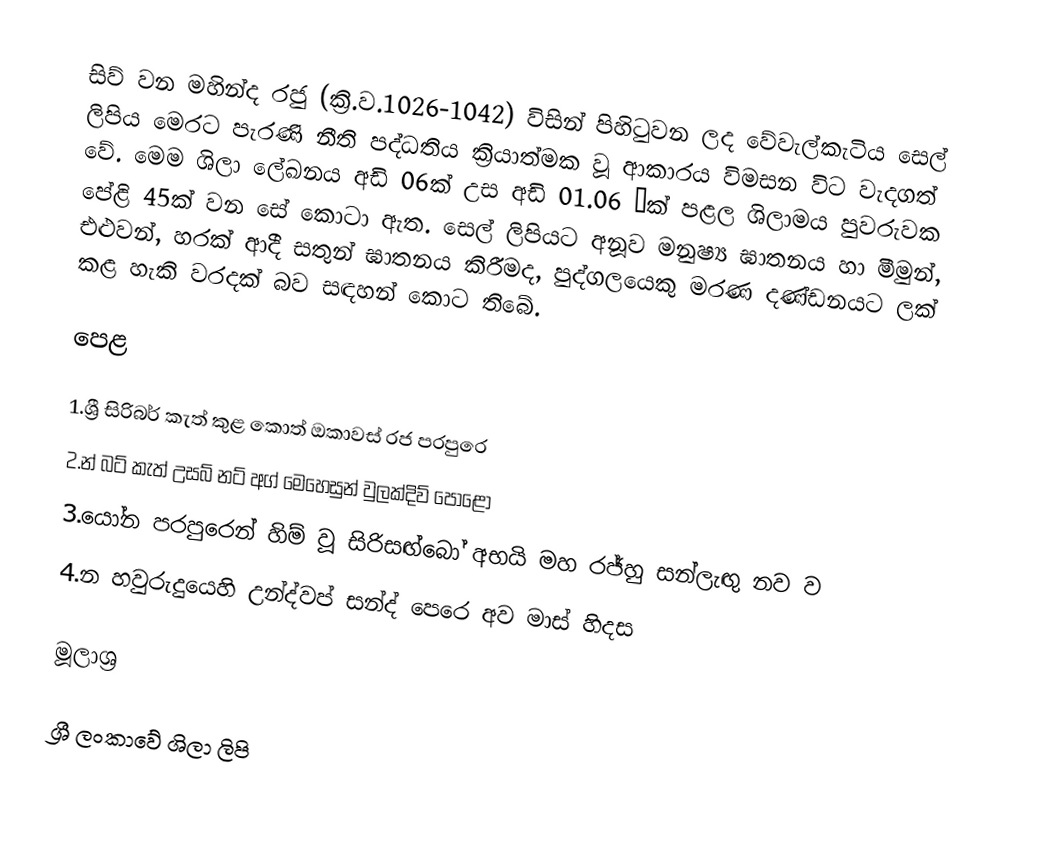
සිව් වන මහින්ද රජු (ක්‍රි.ව.1026-1042) විසින් පිහිටුවන ලද වේවැල්කැටිය සෙල් ලිපිය මෙරට  පැරණි නීති පද්ධතිය ක්‍රියාත්මක වූ ආකාරය විමසන විට වැදගත් වේ. මෙම ශිලා ලේඛනය අඩි 06ක් උස අඩි 01.06 ½ක් පළල ශිලාමය පුවරුවක පේළි 45ක් වන සේ කොටා ඇත. සෙල් ලිපියට අනූව මනුෂ්‍ය ඝාතනය හා මීමුන්, එළුවන්, හරක් ආදී සතුන් ඝාතනය කිරීමද, පුද්ගලයෙකු මරණ දණ්‌ඩනයට ලක්‌ කළ හැකි වරදක්‌ බව සඳහන් කොට තිබේ.

පෙ‍ළ

1.ශ්‍රී සිරිබර් කැත් කුළ කොත් ඔකාවස් රජ පරපුරෙ
2.න් බට් කැත් උසබ් නට් අග් මෙහෙසුන් වුලක්දිව් පොළො
3.යෝන පරපුරෙන් හිම් වූ සිරිසඟ්බෝ අභයි මහ රජ්හු සන්ලැඟු නව ව
4.න හවුරුදුයෙහි උන්ද්වප් සන්ද් පෙරෙ අව මාස් හිදස

මූලාශ්‍ර

ශ්‍රී ලංකාවේ ශිලා ලිපි